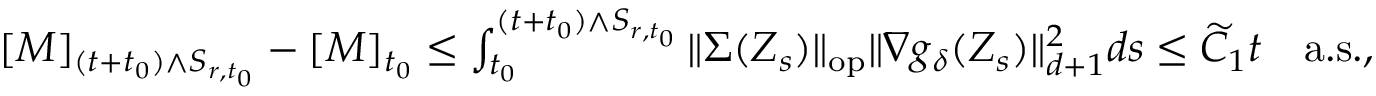
\begin{array} { r } { [ M ] _ { ( t + t _ { 0 } ) \wedge S _ { r , t _ { 0 } } } - [ M ] _ { t _ { 0 } } \leq \int _ { t _ { 0 } } ^ { ( t + t _ { 0 } ) \wedge S _ { r , t _ { 0 } } } \| \Sigma ( Z _ { s } ) \| _ { \mathrm { o p } } \| \nabla g _ { \delta } ( Z _ { s } ) \| _ { d + 1 } ^ { 2 } d s \leq \widetilde C _ { 1 } t \quad \mathrm { a . s . } , } \end{array}